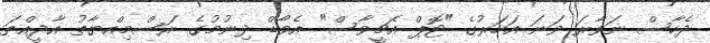
ދެހާސް ނަވާރަ ވަނަ އަހަރުގެ "ޓޮޕް އެޗީވާސް" އެވޯޑް ދިނުމުގެ ރަސްމިއްޔާތު އާދީއްތަ